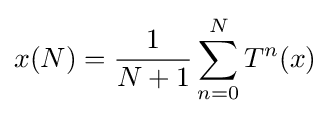
x(N)={1 \over N+1}\sum _{n=0}^{N}T^{n}(x)